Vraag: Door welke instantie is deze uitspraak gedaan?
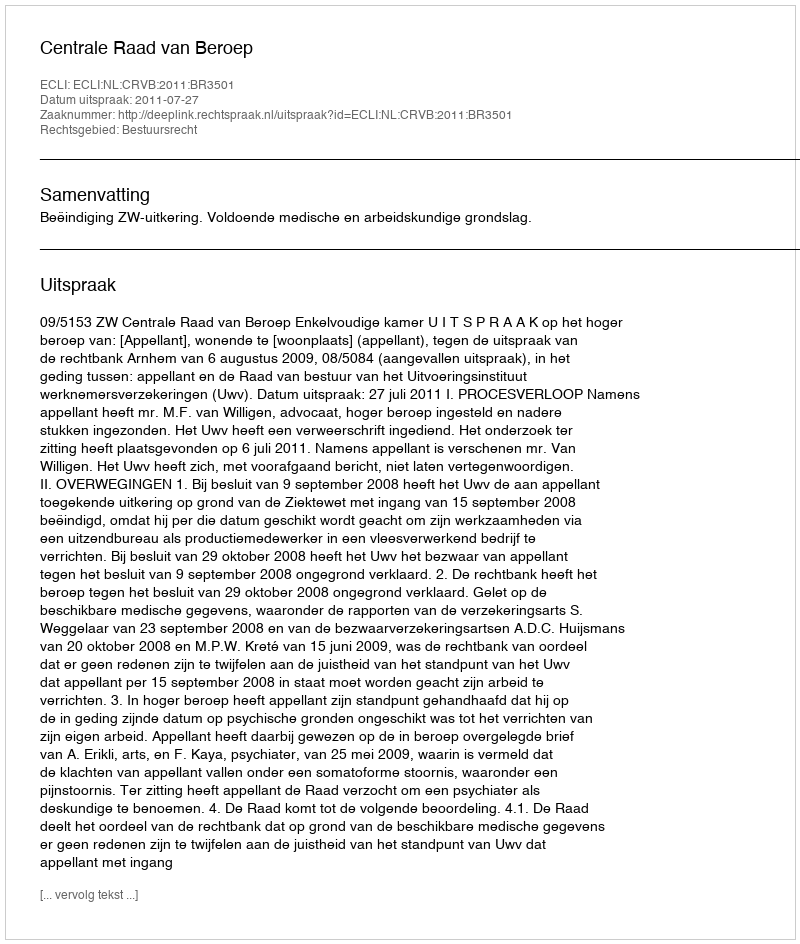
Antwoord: Centrale Raad van Beroep